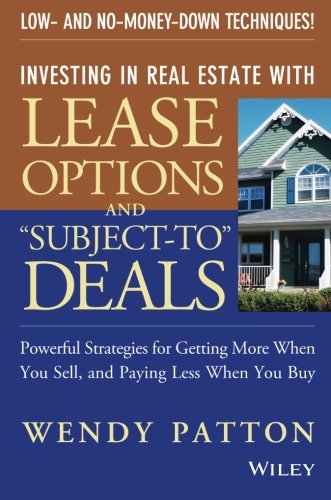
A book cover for Investing in Real Estate With Lease Options and "Subject-To" Deals : Powerful Strategies for Getting More When You Sell, and Paying Less When You Buy; Wendy Patton; Business & Money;